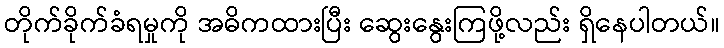
တိုက်ခိုက်ခံရမှုကို အဓိကထားပြီး ဆွေးနွေးကြဖို့လည်း ရှိနေပါတယ်။